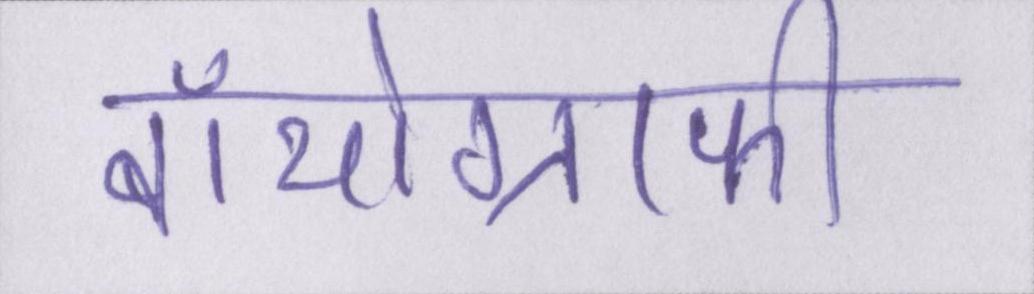
बॉयोग्राफी